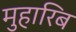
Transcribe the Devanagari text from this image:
मुहारिब